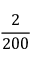
\frac { 2 } { 2 0 0 }